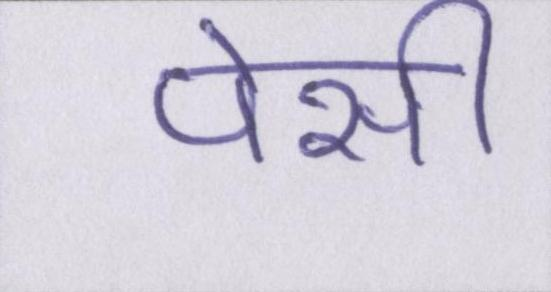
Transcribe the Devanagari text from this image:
पेसी